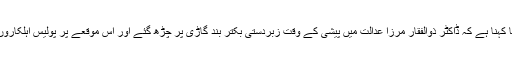
درخواست گزار کا کہنا ہے کہ ڈاکٹر ذوالفقار مرزا عدالت میں پیشی کے وقت زبردستی بکتر بند گاڑی پر چڑھ گئے اور اس موقعے پر پولیس اہلکاروں کو دھمکیاں دیں۔